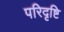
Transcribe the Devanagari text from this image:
परिदृष्टि